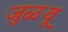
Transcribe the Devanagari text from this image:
जुळवू